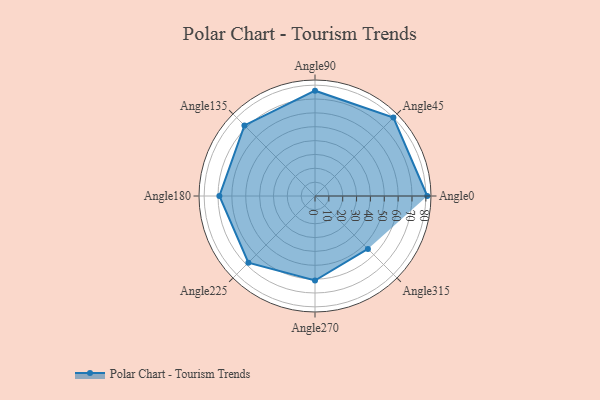
{"axis": {"x": "Angle", "y": "Radius"}, "legend": [""], "data": [{"x": "Angle0", "y": 81.0, "type": ""}, {"x": "Angle45", "y": 80.0, "type": ""}, {"x": "Angle90", "y": 76.0, "type": ""}, {"x": "Angle135", "y": 72.0, "type": ""}, {"x": "Angle180", "y": 69.0, "type": ""}, {"x": "Angle225", "y": 68.0, "type": ""}, {"x": "Angle270", "y": 61.0, "type": ""}, {"x": "Angle315", "y": 54.0, "type": ""}]}